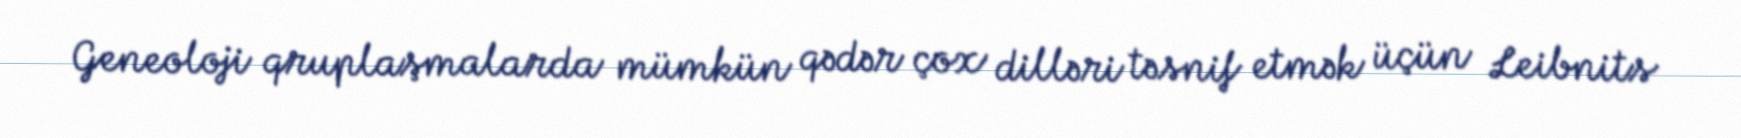
Geneoloji qruplaşmalarda mümkün qədər çox dilləri təsnif etmək üçün Leibnits